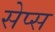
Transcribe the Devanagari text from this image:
सेप्स